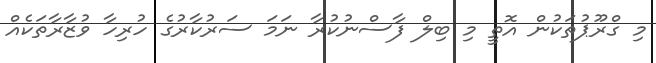
މި ގްރޫޕުތަކުން އޮތީ މި ބިލް ފާސްނުކުރާ ނަމަ ސަރުކާރުގެ ހުރިހާ ވުޒާރާތަކެއް